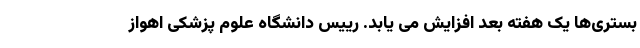
بستری‌ها یک هفته بعد افزایش می یابد. رییس دانشگاه علوم پزشکی اهواز